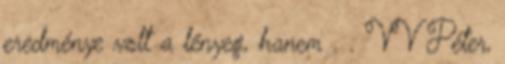
eredménye volt a lényeg, hanem . . VV Péter,